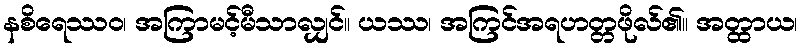
နစိရေဿဝ၊ အကြာမင့်မီသာလျှင်။ ယဿ၊ အကြင်အရဟတ္တဖိုလ်၏။ အတ္ထာယ၊